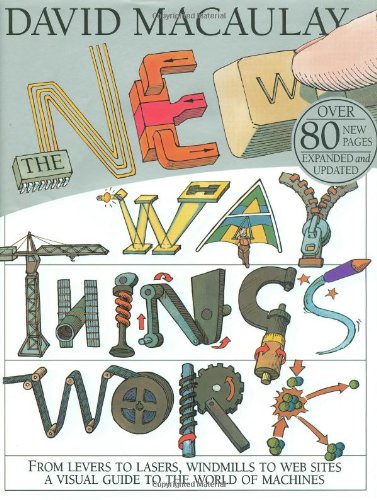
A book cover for The New Way Things Work; David Macaulay; Teen & Young Adult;